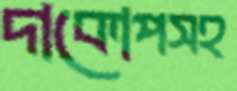
দাকোপসহ